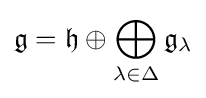
{\mathfrak {g}}={\mathfrak {h}}\oplus \bigoplus _{\lambda \in \Delta }{\mathfrak {g}}_{\lambda }